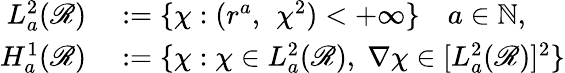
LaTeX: \begin{array}{rl}{L_{a}^{2}(\mathscr{R})}&{{}:=\{ \chi:(r^{a},~\, \chi^{2})<+\infty\} \quad a\in{\mathbb N},}\\ {H_{a}^{1}(\mathscr{R})}&{{}:=\{ \chi:\chi\in L_{a}^{2}(\mathscr{R}),\; \nabla\chi\in[L_{a}^{2}(\mathscr{R})]^{2}\} }\end{array}